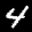
Label: 4